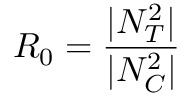
R _ { 0 } = \frac { | N _ { T } ^ { 2 } | } { | N _ { C } ^ { 2 } | }